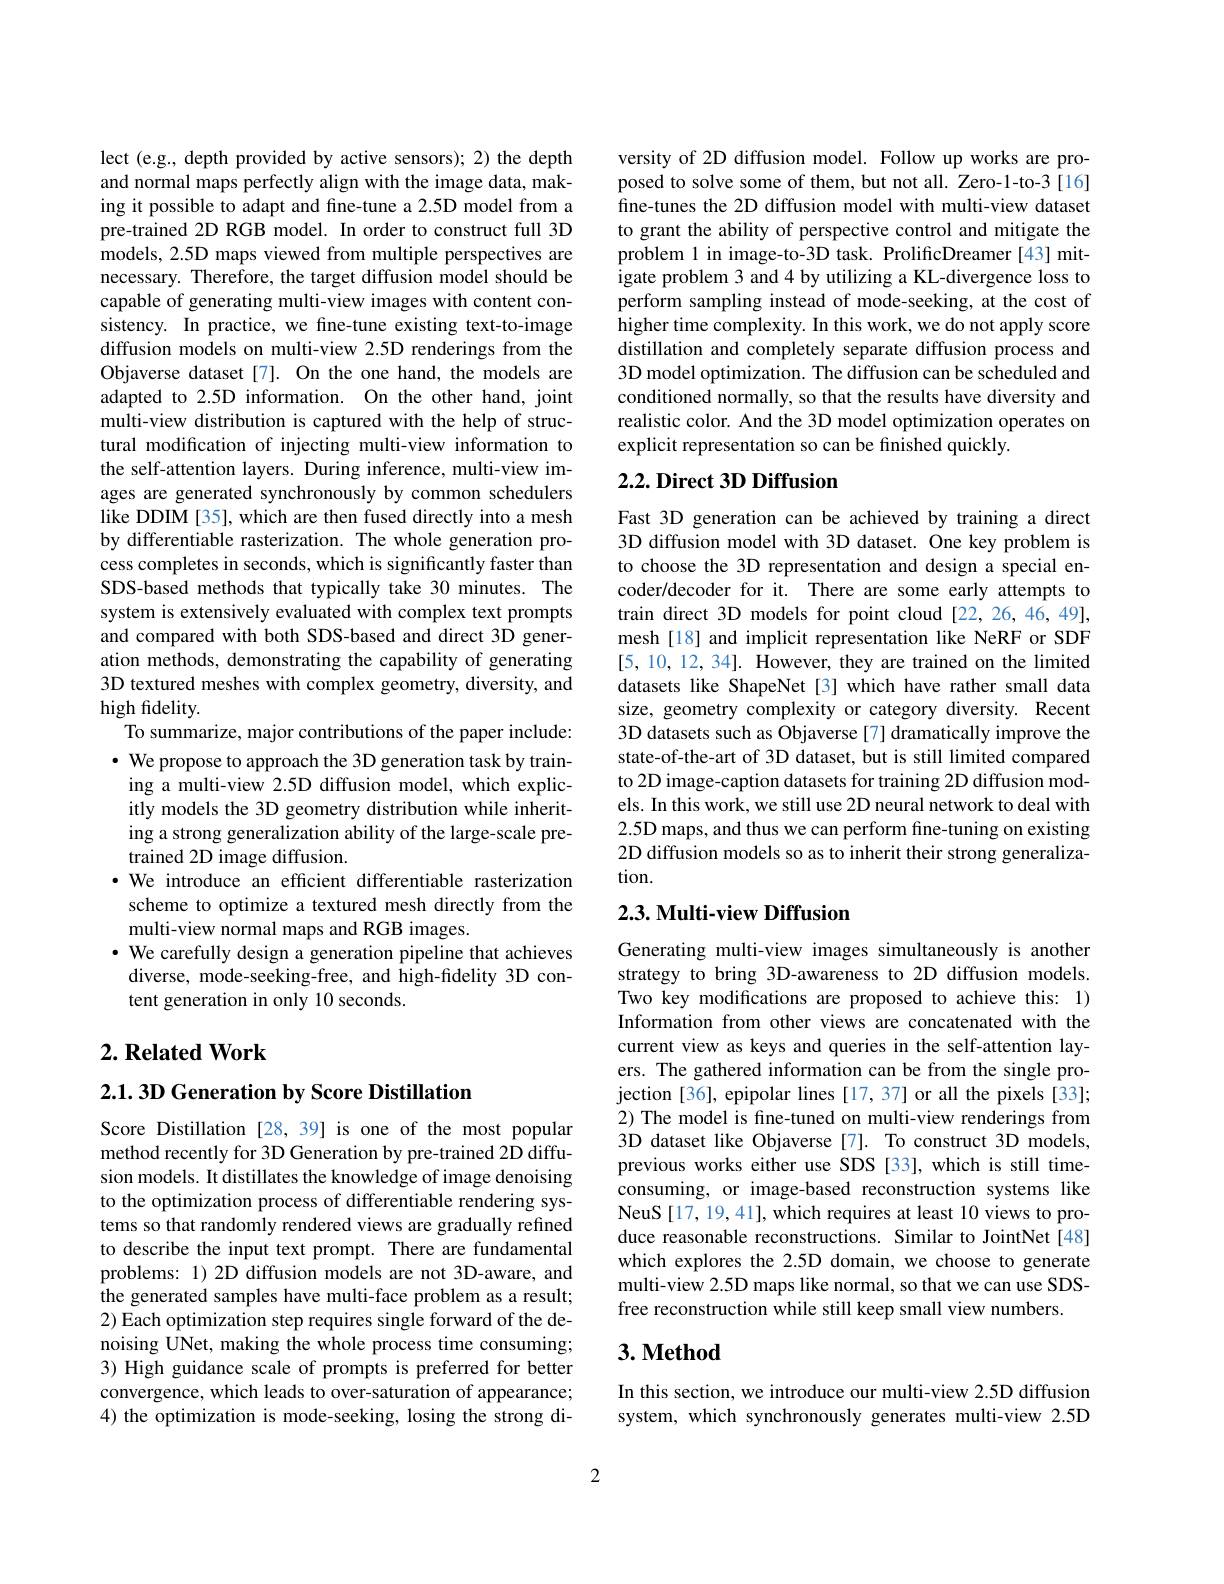
lect (e.g., depth provided by active sensors); 2) the depth and normal maps perfectly align with the image data, making it possible to adapt and fine-tune a 2.5D model from a pre-trained 2D RGB model. In order to construct full 3D models, 2.5D maps viewed from multiple perspectives are necessary. Therefore, the target diffusion model should be capable of generating multi-view images with content consistency. In practice, we fine-tune existing text-to-image diffusion models on multi-view 2.5D renderings from the Objaverse dataset[7]. On the one hand, the models are adapted to 2.5D information. On the other hand, joint multi-view distribution is captured with the help of structural modification of injecting multi-view information to the self-attention layers. During inference, multi-view images are generated synchronously by common schedulers like DDIM [35], which are then fused directly into a mesh by differentiable rasterization. The whole generation process completes in seconds, which is significantly faster than SDS-based methods that typically take 30 minutes. The system is extensively evaluated with complex text prompts and compared with both SDS-based and direct 3D generation methods, demonstrating the capability of generating 3D textured meshes with complex geometry, diversity, and high fidelity.
To summarize, major contributions of the paper include: $\cdot$ We propose to approach the 3D generation task by training a multi-view 2.5D diffusion model, which explicitly models the 3D geometry distribution while inheriting a strong generalization ability of the large-scale pretrained 2D image diffusion.
·We introduce an efficient differentiable rasterization
scheme to optimize a textured mesh directly from the
multi-view normal maps and RGB images.
$\cdot$ We carefully design a generation pipeline that achieves
diverse, mode-seeking-free, and high-fidelity 3D con-
tent generation in only 10 seconds.

## $2. \textbf{ Related Work}$

2.1.3D Generation by Score Distillation

Score Distillation [28,39] is one of the most popular method recently for 3D Generation by pre-trained 2D diffusion models. It distillates the knowledge of image denoising to the optimization process of differentiable rendering systems so that randomly rendered views are gradually refined to describe the input text prompt. There are fundamental problems: 1) 2D diffusion models are not 3D-aware, and the generated samples have multi-face problem as a result; 2) Each optimization step requires single forward of the denoising UNet, making the whole process time consuming; 3) High guidance scale of prompts is preferred for better convergence, which leads to over-saturation of appearance; 4) the optimization is mode-seeking, losing the strong di-

versity of 2D diffusion model. Follow up works are proposed to solve some of them, but not all. Zero-1-to-3[16] fine-tunes the 2D diffusion model with multi-view dataset to grant the ability of perspective control and mitigate the problem 1 in image-to-3D task. ProlificDreamer [43] mitigate problem 3 and 4 by utilizing a KL-divergence loss to perform sampling instead of mode-seeking, at the cost of $\hat{\text{higher time complexity. In this work, we do not apply score}}$ distillation and completely separate diffusion process and 3D model optimization. The diffusion can be scheduled and conditioned normally, so that the results have diversity and realistic color. And the 3D model optimization operates on explicit representation so can be finished quickly.

## $2. 2. \textbf{ Direct 3D Diffusion}$

Fast 3D generation can be achieved by training a direct 3D diffusion model with 3D dataset. One key problem is to choose the 3D representation and design a special encoder/decoder for it. There are some early attempts to train direct 3D models for point cloud [22,26,46,49], mesh [18] and implicit representation like NeRF or SDF [5,10,12,34]. However, they are trained on the limited datasets like ShapeNet [3] which have rather small data size, geometry complexity or category diversity. Recent 3D datasets such as Objaverse[7] dramatically improve the state-of-the-art of 3D dataset, but is still limited compared to 2D image-caption datasets for training 2D diffusion models. In this work, we still use 2D neural network to deal with 2.5D maps, and thus we can perform fine-tuning on existing 2D diffusion models so as to inherit their strong generalization.

## 2.3. Multi-view Diffusion

Generating multi-view images simultaneously is another strategy to bring 3D-awareness to 2D diffusion models. Two key modifications are proposed to achieve this: 1) Information from other views are concatenated with the current view as keys and queries in the self-attention layers. The gathered information can be from the single projection [36], epipolar lines [17, 37] or all the pixels [33]; 2) The model is fne-tuned on multi-view renderings from 3D dataset like Objaverse [7]. To construct 3D models, previous works either use SDS [33], which is still timeconsuming, or image-based reconstruction systems like NeuS [17, 19, 41], which requires at least 10 views to produce reasonable reconstructions. Similar to JointNet[48] which explores the 2.5D domain, we choose to generate multi-view 2.5D maps like normal, so that we can use SDSfree reconstruction while still keep small view numbers.

## $3. \textbf{Method}$

In this section, we introduce our multi-view 2.5D diffusion system, which synchronously generates multi-view 2.5D

2